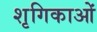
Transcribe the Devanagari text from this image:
शृगिकाओं